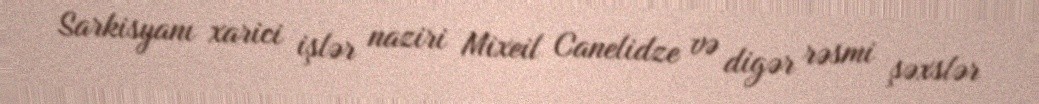
Sarkisyanı xarici işlər naziri Mixeil Canelidze və digər rəsmi şəxslər